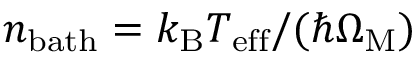
n _ { \mathrm { b a t h } } = k _ { \mathrm { B } } T _ { \mathrm { e f f } } / ( \hbar \Omega _ { \mathrm { M } } )